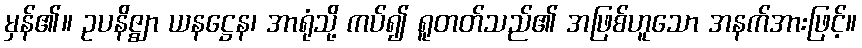
မှန်၏။ ဥပနိဇ္ဈာ ယနဋ္ဌေန၊ အာရုံသို့ ကပ်၍ ရူတတ်သည်၏ အဖြစ်ဟူသော အနက်အားဖြင့်။